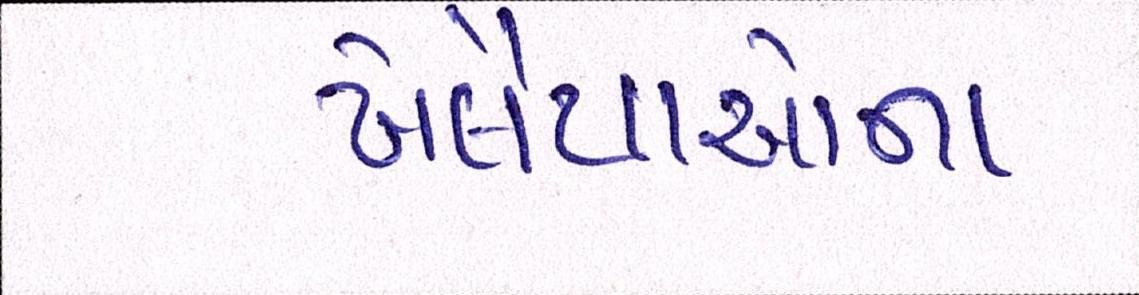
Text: ખેલૈયાઓના